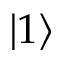
\left| 1 \right>